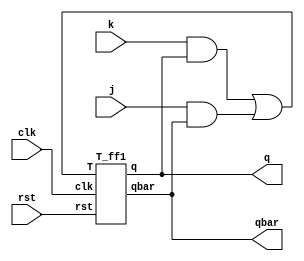
`timescale 1ns / 1ps
//////////////////////////////////////////////////////////////////////////////////
// Company: 
// Engineer: 
// 
// Design Name: 
// Module Name: jk_t_ff
// Project Name: 
// Target Devices: 
// Tool Versions: 
// Description: 
// 
// Dependencies: 
// 
// Revision:
// Revision 0.01 - File Created
// Additional Comments:
// 
//////////////////////////////////////////////////////////////////////////////////


module jk_t_ff(j,k,clk,rst,q,qbar);
input clk,j,k,rst;
output q,qbar;
and a1(w1,k,q);
and a2(w2,j,qbar);
or a3(w3,w1,w2);
T_ff1 a4(w3,clk,rst,q,qbar);
endmodule
module T_ff1(T,clk,rst,q,qbar);
input T,clk,rst;
output reg q,qbar;
always@(posedge clk)
begin

if(rst)
{q,qbar}={1'b0,1'b1};
else
    begin
    if(T==1)
    {q,qbar}={~q,q};
    end
    
end
endmodule